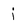
Character: j